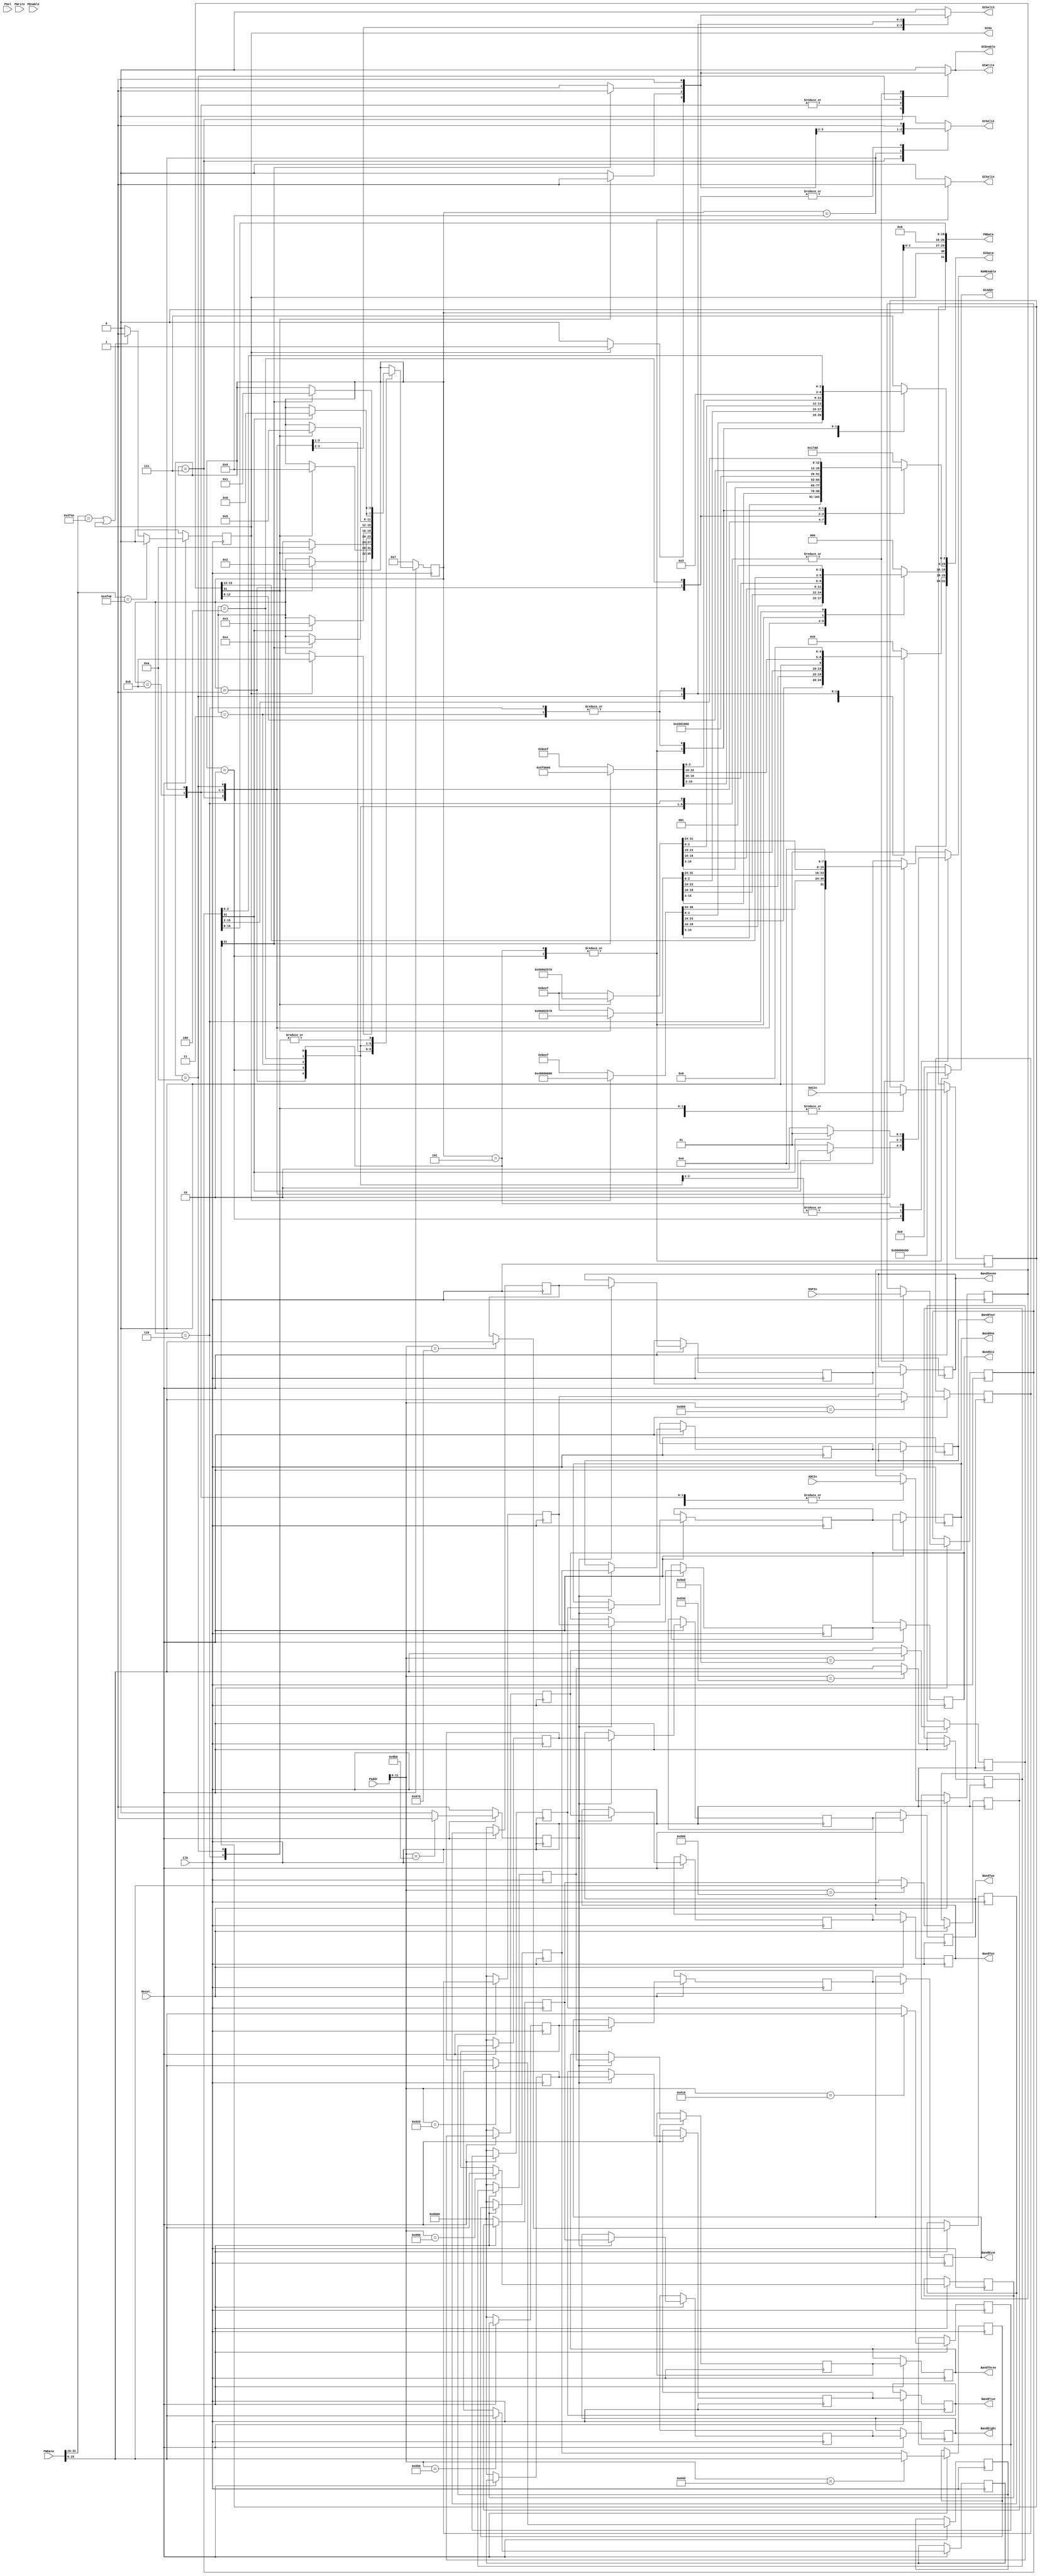
`timescale 1ns / 1ps
//////////////////////////////////////////////////////////////////////////////////
// Company: 
// Engineer: 
// 
// Design Name: 
// Module Name:    EqualizerController 
// Additional Comments: 
//
//////////////////////////////////////////////////////////////////////////////////
module EqualizerController(
    input Reset_,
    input Clk,
    input PSel,
    input PEnable,
    input PWrite,
    input [31:0] PAddr,
    input [31:0] PWData,
    input [31:0] DSPIn,
    input [31:0] ADCIn,
	 input [31:0] DACIn,
	 output [31:0] PRData,
    output reg ECSel12,
    output reg ECSel13,
    output reg ECSel14,
    output reg ECEnable,
    output reg ECWrite,
    output reg [31:0] ECAddr,
    output reg [31:0] ECData,
    output signed [15:0] BandOne,
    output signed [15:0] BandTwo,
    output signed [15:0] BandThree,
    output signed [15:0] BandFour,
    output signed [15:0] BandFive,
    output signed [15:0] BandSix,
    output signed [15:0] BandSeven,
    output signed [15:0] BandEight,
    output signed [15:0] BandNine,
    output signed [15:0] BandTen,
	 output reg [1:0] RAMEnable,
	 output ECOn
    );

// Signals
wire LeonWrite;		// PSel & PEnable & PWrite
reg AttenuationOut;	// Latches out attenuation factor to DSP

// Registers
reg [3:0] CurrentState, NextState;
reg ECControl, ECControlD;
reg signed [31:0] StoredADCIn, StoredADCInD;	
reg [31:0] StoredDACIn, StoredDACInD; 
reg [31:0] StoredDSPIn, StoredDSPInD; 

// 			  || Buffer in ||         || Buffer out ||
reg [15:0] BufferIn1, BufferIn1D, BufferOut1, BufferOut1D;
reg [15:0] BufferIn2, BufferIn2D, BufferOut2, BufferOut2D;
reg [15:0] BufferIn3, BufferIn3D, BufferOut3, BufferOut3D;
reg [15:0] BufferIn4, BufferIn4D, BufferOut4, BufferOut4D;
reg [15:0] BufferIn5, BufferIn5D, BufferOut5, BufferOut5D;
reg [15:0] BufferIn6, BufferIn6D, BufferOut6, BufferOut6D;
reg [15:0] BufferIn7, BufferIn7D, BufferOut7, BufferOut7D;
reg [15:0] BufferIn8, BufferIn8D, BufferOut8, BufferOut8D;
reg [15:0] BufferIn9, BufferIn9D, BufferOut9, BufferOut9D;
reg [15:0] BufferIn10, BufferIn10D, BufferOut10, BufferOut10D;

// Assigns
assign LeonWrite = PSel & PEnable & PWrite;
assign BandOne = BufferOut1;
assign BandTwo = BufferOut2;
assign BandThree = BufferOut3;
assign BandFour = BufferOut4;
assign BandFive = BufferOut5;
assign BandSix = BufferOut6;
assign BandSeven = BufferOut7;
assign BandEight = BufferOut8;
assign BandNine = BufferOut9;
assign BandTen = BufferOut10;
assign ECOn = ECControl;
assign PRData[31] = 0;
assign PRData[30] = ECControl;
assign PRData[29:27] = CurrentState;
assign PRData[26:16] = 0;
assign PRData[15:0] = StoredDSPIn[15:0];

// State Machine States
parameter 	Init = 0, 
				Request_ADC_Left = 1,
				Send_ADC_Left_To_DSP = 2,
				Send_DSP_To_DAC_Left = 3,
				Request_ADC_Right = 4,
				Send_ADC_Right_To_DSP = 5,
				Send_DSP_To_DAC_Right = 6,
				Disable_DAC_ADC = 7,
				Enable_DAC = 8,
				Enable_ADC = 9,
				DAC_Fast = 10;

// Combinational Block
always @ * begin
	
	// Default Statements
	NextState = CurrentState;
	ECSel12 = 0;
	ECSel13 = 0;
	ECSel14 = 0;
	ECEnable = 0;
	ECWrite = 0;
	ECData = 'hBEEF;
	ECAddr = 0;
	ECControlD = ECControl;
	StoredADCInD = StoredADCIn;
	StoredDACInD = StoredDACIn;
	StoredDSPInD = StoredDSPIn;
	RAMEnable = 'b01;
	
	// Pass Control to EC or leave Control with APB
	if (PWData[31:16] == 'h4F46) begin // Hex 'OF'
		ECControlD = 0;
	end
	else if (PWData[31:16] == 'h4F4E || ECControl == 1) begin // Hex 'ON'
		ECControlD = 1;
	end
	else begin
		ECControlD = 0;
	end
	
	// State Machine
	case (CurrentState) 
    
	 Disable_DAC_ADC: begin	// State 0
		if (ECControl == 1) begin
			ECSel12 = 1;
			ECSel13 = 1;
			ECWrite = 1;
			ECEnable = 1;
			ECData = 'h40000000;
			NextState = Enable_DAC;
		end
	 end
	 
	 Enable_DAC: begin
		StoredADCInD = ADCIn;
		if (StoredADCIn[31]) begin
			ECSel13 = 1;
			ECWrite = 1;
			ECEnable = 1;
			ECData = 'h80002578;
			NextState = Enable_ADC;
		end
	 end
	 
	 Enable_ADC: begin
		StoredADCInD = ADCIn;
		if (StoredADCIn[31]) begin
			ECSel12 = 1;
			ECWrite = 1;
			ECEnable = 1;
			ECData = 'h80002570;
			NextState = DAC_Fast;
		end
	 end
	 
	 DAC_Fast: begin
		StoredDACInD = DACIn;
		if (StoredDACIn[31]) begin
			ECSel13 = 1;
			ECWrite = 1;
			ECEnable = 1;
			ECData = 'h5F0000;
			RAMEnable = 'b01;
			NextState = Request_ADC_Left;
		end
	 end
	 
	 Request_ADC_Left: begin	// State 1
			ECSel12 = 1;	// Select ADC
			ECEnable = 1;
			ECWrite = 1;
			ECData[15:0] = 'h8000;
			StoredDSPInD = DSPIn;
			StoredADCInD = ADCIn;
			RAMEnable = 'b01;
			if (StoredADCIn[31]) begin
				NextState = Send_ADC_Left_To_DSP;
			end
	 end
	 
	 Send_ADC_Left_To_DSP: begin	// State 2
		ECSel14 = 1;	// Select DSP
		ECEnable = 1;
		ECWrite = 1;
		ECData[18:3] = StoredADCIn[15:0];
		ECData[2:0] = 'b011;		// Set op code to convolve
		ECAddr = 'h80000eb0;
		RAMEnable = 'b01;
		StoredDSPInD = DSPIn;
		if (StoredDSPIn[31]) begin
			RAMEnable = 'b10;
			NextState = Send_DSP_To_DAC_Left;
		end
	 end
	 
	 Send_DSP_To_DAC_Left: begin	// State 3
		ECSel13 = 1;
		ECEnable = 1;
		ECWrite = 1;
		ECData[23:16] = 'h30;	// Select Channel 0
		ECData[15:0] = StoredDSPIn[15:0];
		RAMEnable = 'b10;
		StoredDSPInD = DSPIn;
		StoredDACInD = DACIn;
		if (StoredDACIn[31] == 1) begin
			NextState = Request_ADC_Right;
		end
	 end
	 
	 Request_ADC_Right: begin	// State 4
		ECSel12 = 1;		// Select ADC
		ECEnable = 1;
		ECWrite = 1;
		ECData[15:0] = 'hc000;
		RAMEnable = 'b10;
		StoredDSPInD = DSPIn;
		StoredADCInD = ADCIn;
		if (StoredADCIn[31]) begin
			NextState = Send_ADC_Right_To_DSP;
		end
	 end
		
	 Send_ADC_Right_To_DSP: begin	// State 5
		ECSel14 = 1;		// Select DSP
		ECEnable = 1;
		ECWrite = 1;
		ECData[18:3] = StoredADCIn[15:0];
		ECData[2:0] = 'b011;		// Set op code to convolve
		ECAddr = 'h80000eb0;
		RAMEnable = 'b10;
		StoredDSPInD = DSPIn;
		if (StoredDSPIn[31] == 1) begin	
			RAMEnable = 'b01;
			NextState = Send_DSP_To_DAC_Right;
		end
	 end
	 
	 Send_DSP_To_DAC_Right: begin	// State 6
		ECSel13 = 1;
		ECEnable = 1;
		ECWrite = 1;
		ECData[23:16] = 'h31;	// Select Channel 1
		ECData[15:0] = StoredDSPIn[15:0];
		StoredDSPInD = DSPIn;
		StoredDACInD = DACIn;
		RAMEnable = 'b01;
		if (StoredDACIn[31] == 1) begin
			NextState = Request_ADC_Left;
		end
		/*
		else begin	// If not ready, use this available time to quickly set attenuation factors
			if (StoredDSPIn[31] == 1) begin
				ECSel14 = 1;
				ECEnable = 1;
				ECWrite = 1;
				ECAddr = 'heb0;
				ECData = 'h2;	// OP code for set attenuation factor
			end
		end
		*/
	 end
	 
	 default: begin
		NextState = CurrentState;
	 end
	endcase
end

// Synchronous Block
always @ (posedge Clk) begin
	if (~Reset_) begin
		CurrentState <= Disable_DAC_ADC;	
		ECControl <= 0;
		AttenuationOut <= 1;
		BufferIn1 <= 'h8000;
		BufferIn2 <= 'h8000;
		BufferIn3 <= 'h8000;
		BufferIn4 <= 'h8000;
		BufferIn5 <= 'h8000;
		BufferIn6 <= 'h8000;
		BufferIn7 <= 'h8000;
		BufferIn8 <= 'h8000;
		BufferIn9 <= 'h8000;
		BufferIn10 <= 'h8000;
	end
	else begin
		CurrentState <= NextState;
		StoredDACIn <= StoredDACInD;
		StoredADCIn <= StoredADCInD;
		StoredDSPIn <= StoredDSPInD;
		ECControl <= ECControlD;
		
		BufferIn1 <= BufferIn1D;
		BufferIn2 <= BufferIn2D;
		BufferIn3 <= BufferIn3D;
		BufferIn4 <= BufferIn4D;
		BufferIn5 <= BufferIn5D;
		BufferIn6 <= BufferIn6D;
		BufferIn7 <= BufferIn7D;
		BufferIn8 <= BufferIn8D;
		BufferIn9 <= BufferIn9D;
		BufferIn10 <= BufferIn10D;
	
		BufferOut1 <= BufferOut1D;
		BufferOut2 <= BufferOut2D;
		BufferOut3 <= BufferOut3D;
		BufferOut4 <= BufferOut4D;
		BufferOut5 <= BufferOut5D;
		BufferOut6 <= BufferOut6D;
		BufferOut7 <= BufferOut7D;
		BufferOut8 <= BufferOut8D;
		BufferOut9 <= BufferOut9D;
		BufferOut10 <= BufferOut10D;
			
		// Default values
		AttenuationOut <= 0;
			
		BufferIn1D <= BufferIn1;
		BufferIn2D <= BufferIn2;
		BufferIn3D <= BufferIn3;
		BufferIn4D <= BufferIn4;
		BufferIn5D <= BufferIn5;
		BufferIn6D <= BufferIn6;
		BufferIn7D <= BufferIn7;
		BufferIn8D <= BufferIn8;
		BufferIn9D <= BufferIn9;
		BufferIn10D <= BufferIn10;
		
		BufferOut1D <= BufferOut1;
		BufferOut2D <= BufferOut2;
		BufferOut3D <= BufferOut3;
		BufferOut4D <= BufferOut4;
		BufferOut5D <= BufferOut5;
		BufferOut6D <= BufferOut6;
		BufferOut7D <= BufferOut7;
		BufferOut8D <= BufferOut8;
		BufferOut9D <= BufferOut9;
		BufferOut10D <= BufferOut10;
		
		// Select one of 10 registers to store attenuation factors sent from Leon
		// Once address 'hb is targeted, assert signal to latch all values into the next buffer
		case (PAddr[11:0])
			'h810:	begin 
				BufferIn1D 		<= PWData[15:0]; 	
			end
			'h820:	begin 
				BufferIn2D 		<= PWData[15:0]; 	
			end
			'h830:	begin 
				BufferIn3D 		<= PWData[15:0]; 	
			end
			'h840:	begin 
				BufferIn4D 		<= PWData[15:0]; 	
			end
			'h850:	begin 
				BufferIn5D 		<= PWData[15:0]; 	
			end
			'h860:	begin 
				BufferIn6D 		<= PWData[15:0]; 	
			end
			'h870:	begin 
				BufferIn7D 		<= PWData[15:0]; 	
			end
			'h880:	begin 
				BufferIn8D 		<= PWData[15:0]; 	
			end
			'h890:	begin 
				BufferIn9D 		<= PWData[15:0]; 	
			end
			'h8a0:	begin 
				BufferIn10D 	<= PWData[15:0]; 	
			end
			'h8b0:	begin 
				AttenuationOut <= 1; 
			end
			default: begin
			end
		endcase
	
		// When the AttenuationOut bit is set, latch all values into second buffer
		if (AttenuationOut == 1) begin
			BufferOut1D <= BufferIn1;
			BufferOut2D <= BufferIn2;
			BufferOut3D <= BufferIn3;
			BufferOut4D <= BufferIn4;
			BufferOut5D <= BufferIn5;
			BufferOut6D <= BufferIn6;
			BufferOut7D <= BufferIn7;
			BufferOut8D <= BufferIn8;
			BufferOut9D <= BufferIn9;
			BufferOut10D <= BufferIn10;
		end
	end
end

endmodule